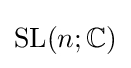
\mathrm {SL} (n;\mathbb {C} )